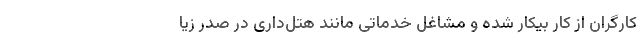
کارگران از کار بیکار شده و مشاغل خدماتی مانند هتل‌داری در صدر زیا